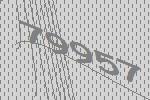
79957